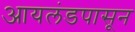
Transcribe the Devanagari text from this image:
आयलंडपासून